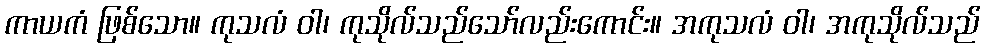
ကာယကံ ဖြစ်သော။ ကုသလံ ဝါ၊ ကုသိုလ်သည်သော်လည်းကောင်း။ အကုသလံ ဝါ၊ အကုသိုလ်သည်